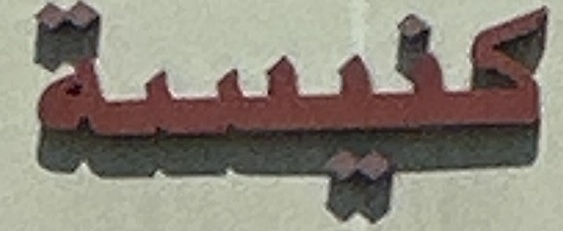
كنیسة